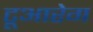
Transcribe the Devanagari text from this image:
टूआरेग